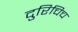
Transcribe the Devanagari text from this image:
दुरिचिच